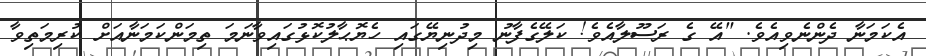
އެކަމަނާ ދެންނެވިއެވެ. "އޭ ގެ ރަސޫލާއެވެ! ކަލޭގެފާނު މިދުނިޔޭގައި ހެޔޮޙާލުކޮޅުގައިވާނަމަ ތިމަންކަމަނާއަށް ކުރިމަތިވާ